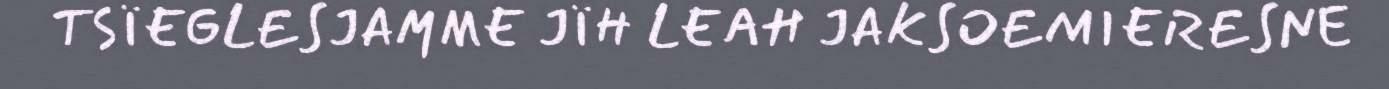
TSÏEGLESJAMME JÏH LEAH JAKSOEMIERESNE